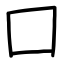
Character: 囗